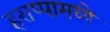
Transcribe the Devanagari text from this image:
हराप्पामध्ये